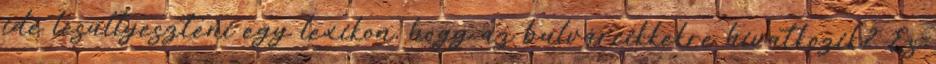
ide lesüllyeszteni egy lexikon, hogy az bulvárcikkekre hivatkozik? És